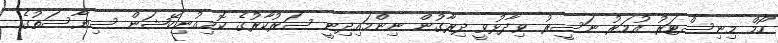
ހޯމް މިނިސްޓަރު އުމަރު ނަސީރު ވިދާޅުވީ ދިރާގުން ނިންމައިދިނީ ސަރުކާރުގެ ކޮމިއުނިކޭޝަން ސިޔާސަތުގެ